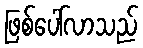
ဖြစ်ပေါ်လာသည်